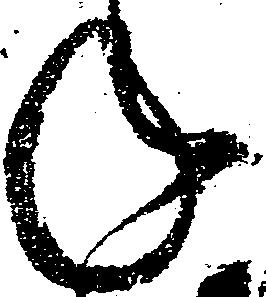
ね